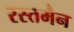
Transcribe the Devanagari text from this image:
रस्तमैन